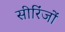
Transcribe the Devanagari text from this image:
सीरिंजों